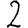
Digit: 2